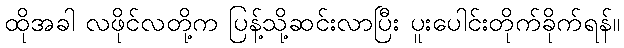
ထိုအခါ လဖိုင်လတို့က ပြန့်သို့ဆင်းလာပြီး ပူးပေါင်းတိုက်ခိုက်ရန်။